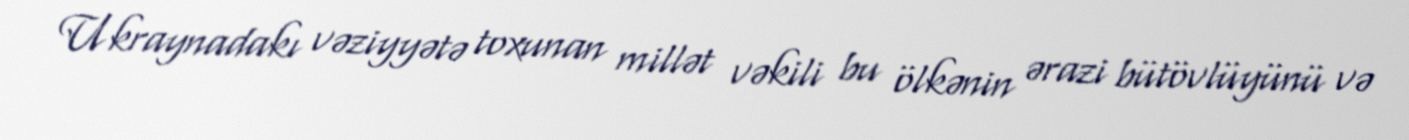
Ukraynadakı vəziyyətə toxunan millət vəkili bu ölkənin ərazi bütövlüyünü və